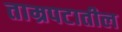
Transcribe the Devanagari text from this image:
ताम्रपटातील